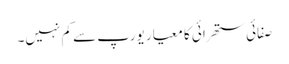
صفائی ستھرائی کا معیار یورپ سے کم نہیں۔